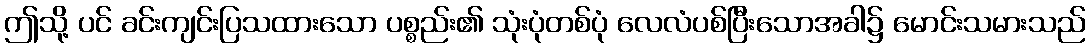
ဤသို့ ပင် ခင်းကျင်းပြသထားသော ပစ္စည်း၏ သုံးပုံတစ်ပုံ လေလံပစ်ပြီးသောအခါ၌ မောင်းသမားသည်